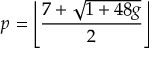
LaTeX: p = \left\lfloor { \frac { 7 + { \sqrt { 1 + 4 8 g } } } { 2 } } \right\rfloor